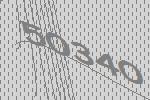
50340